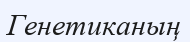
Генетиканың